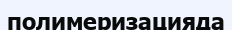
полимеризацияда